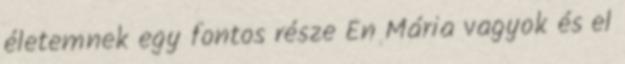
életemnek egy fontos része Én Mária vagyok és el